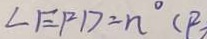
\angle E F D = n ^ { \circ } ( P